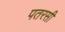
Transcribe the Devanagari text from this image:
पतरसी